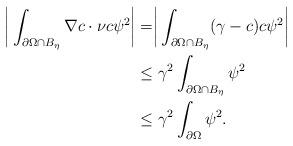
LaTeX: \begin{align*}\begin{aligned}\biggr{|}\int_{\partial\Omega\cap B_{\eta} }\nabla c\cdot\nu c\psi^{2}\biggr{|}&=\biggr{|}\int_{\partial\Omega\cap B_{\eta} }(\gamma-c) c\psi^{2}\biggr{|}\\&\le \gamma^{2}\int_{\partial\Omega\cap B_{\eta} }\psi^{2} \\&\le \gamma^{2}\int_{\partial\Omega} \psi^{2}.\end{aligned}\end{align*}